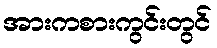
အားကစားကွင်းတွင်